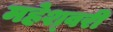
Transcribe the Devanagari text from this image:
महेश्‍वरी